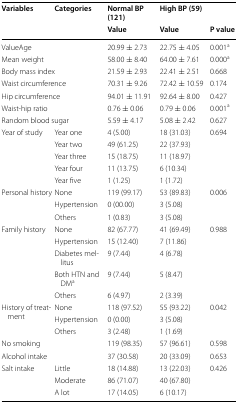
<table><thead><tr><td rowspan="2"><b>Variables</b></td><td rowspan="2"><b>Categories</b></td><td><b>Normal BP (121)</b></td><td><b>High BP (59)</b></td><td></td></tr><tr><td><b>Value</b></td><td><b>Value</b></td><td><b>P value</b></td></tr></thead><tbody><tr><td colspan="2">ValueAge</td><td>20.99 ± 2.73</td><td>22.75 ± 4.05</td><td>0.001<sup>a</sup></td></tr><tr><td colspan="2">Mean weight</td><td>58.00 ± 8.40</td><td>64.00 ± 7.61</td><td>0.000<sup>a</sup></td></tr><tr><td colspan="2">Body mass index</td><td>21.59 ± 2.93</td><td>22.41 ± 2.51</td><td>0.668</td></tr><tr><td colspan="2">Waist circumference</td><td>70.31 ± 9.26</td><td>72.42 ± 10.59</td><td>0.174</td></tr><tr><td colspan="2">Hip circumference</td><td>94.01 ± 11.91</td><td>92.64 ± 8.00</td><td>0.427</td></tr><tr><td colspan="2">Waist-hip ratio</td><td>0.76 ± 0.06</td><td>0.79 ± 0.06</td><td>0.001<sup>a</sup></td></tr><tr><td colspan="2">Random blood sugar</td><td>5.59 ± 4.17</td><td>5.08 ± 2.42</td><td>0.627</td></tr><tr><td rowspan="5">Year of study</td><td>Year one</td><td>4 (5.00)</td><td>18 (31.03)</td><td>0.694</td></tr><tr><td>Year two</td><td>49 (61.25)</td><td>22 (37.93)</td><td></td></tr><tr><td>Year three</td><td>15 (18.75)</td><td>11 (18.97)</td><td></td></tr><tr><td>Year four</td><td>11 (13.75)</td><td>6 (10.34)</td><td></td></tr><tr><td>Year five</td><td>1 (1.25)</td><td>1 (1.72)</td><td></td></tr><tr><td rowspan="3">Personal history</td><td>None</td><td>119 (99.17)</td><td>53 (89.83)</td><td>0.006</td></tr><tr><td>Hypertension</td><td>0 (00.00)</td><td>3 (5.08)</td><td></td></tr><tr><td>Others</td><td>1 (0.83)</td><td>3 (5.08)</td><td></td></tr><tr><td rowspan="5">Family history</td><td>None</td><td>82 (67.77)</td><td>41 (69.49)</td><td>0.988</td></tr><tr><td>Hypertension</td><td>15 (12.40)</td><td>7 (11.86)</td><td></td></tr><tr><td>Diabetes mellitus</td><td>9 (7.44)</td><td>4 (6.78)</td><td></td></tr><tr><td>Both HTN and DM<sup>a</sup></td><td>9 (7.44)</td><td>5 (8.47)</td><td></td></tr><tr><td>Others</td><td>6 (4.97)</td><td>2 (3.39)</td><td></td></tr><tr><td rowspan="3">History of treatment</td><td>None</td><td>118 (97.52)</td><td>55 (93.22)</td><td>0.042</td></tr><tr><td>Hypertension</td><td>0 (0.00)</td><td>3 (5.08)</td><td></td></tr><tr><td>Others</td><td>3 (2.48)</td><td>1 (1.69)</td><td></td></tr><tr><td colspan="2">No smoking</td><td>119 (98.35)</td><td>57 (96.61)</td><td>0.598</td></tr><tr><td colspan="2">Alcohol intake</td><td>37 (30.58)</td><td>20 (33.09)</td><td>0.653</td></tr><tr><td rowspan="3">Salt intake</td><td>Little</td><td>18 (14.88)</td><td>13 (22.03)</td><td>0.426</td></tr><tr><td>Moderate</td><td>86 (71.07)</td><td>40 (67.80)</td><td></td></tr><tr><td>A lot</td><td>17 (14.05)</td><td>6 (10.17)</td><td></td></tr></tbody></table>